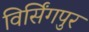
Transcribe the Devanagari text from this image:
विर्सिंगपुर